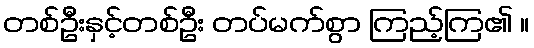
တစ်ဦးနှင့်တစ်ဦး တပ်မက်စွာ ကြည့်ကြ၏ ။